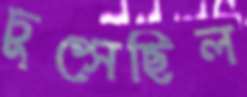
চুপ্‌সেছিল